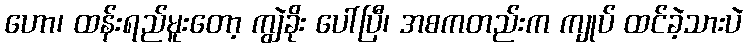
ဟော၊ ထန်းရည်မူးတော့ ကျွဲခိုး ပေါ်ပြီ၊ အစကတည်းက ကျုပ် ထင်ခဲ့သားပဲ